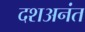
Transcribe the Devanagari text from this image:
दशअनंत